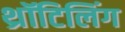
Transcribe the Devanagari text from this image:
थ्रॉटिलिंग